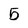
Character: 5